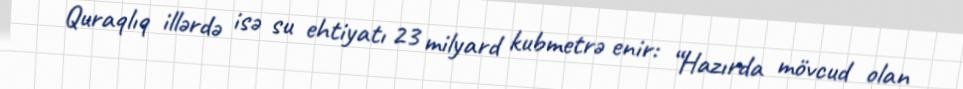
Quraqlıq illərdə isə su ehtiyatı 23 milyard kubmetrə enir: “Hazırda mövcud olan